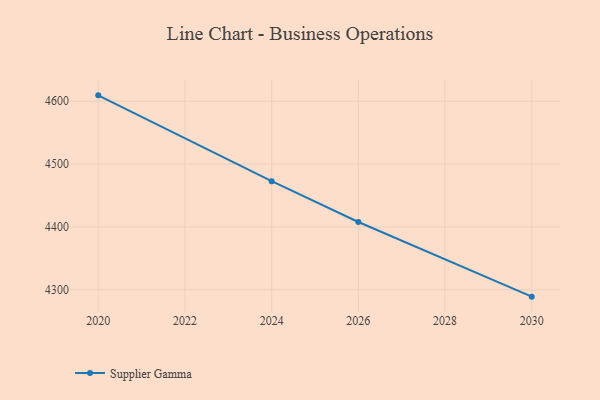
{"axis": {"x": "Year", "y": "Tickets Resolved"}, "legend": ["Supplier Gamma"], "data": [{"x": "2030", "y": 4289.0, "type": "Supplier Gamma"}, {"x": "2026", "y": 4407.8, "type": "Supplier Gamma"}, {"x": "2024", "y": 4472.8, "type": "Supplier Gamma"}, {"x": "2020", "y": 4609.4, "type": "Supplier Gamma"}]}